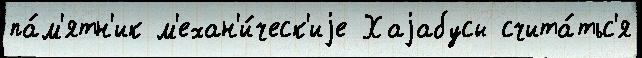
па́м'ятн'ик м'ехан'и́ческ'иjе Хаjабусы счита́тьс'я